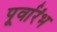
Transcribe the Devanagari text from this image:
पूर्वारंभ